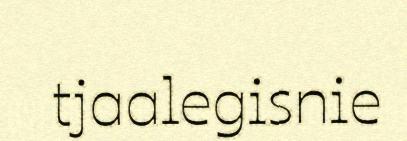
tjaalegisnie